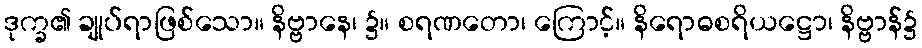
ဒုက္ခ၏ ချုပ်ရာဖြစ်သော။ နိဗ္ဗာနေ၊ ၌။ စရဏတော၊ ကြောင့်။ နိရောဓစရိယဋ္ဌော၊ နိဗ္ဗာန်၌